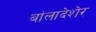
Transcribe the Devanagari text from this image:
बांलादेशेर